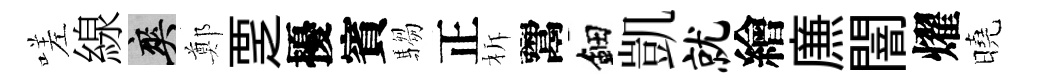
嗟線爽鄭覂擾賓騶正柝鬻鈿凱就繪㢘闇燿曉